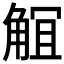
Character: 𧣬